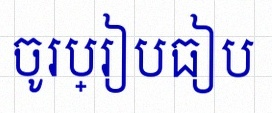
ចូរប្រៀបធៀប